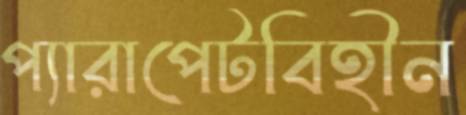
প্যারাপেটবিহীন